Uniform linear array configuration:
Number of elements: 16
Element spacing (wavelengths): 0.75
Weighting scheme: hamming
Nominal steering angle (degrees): -15
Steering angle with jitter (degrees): -13.304
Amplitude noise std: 0.05
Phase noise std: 0.05

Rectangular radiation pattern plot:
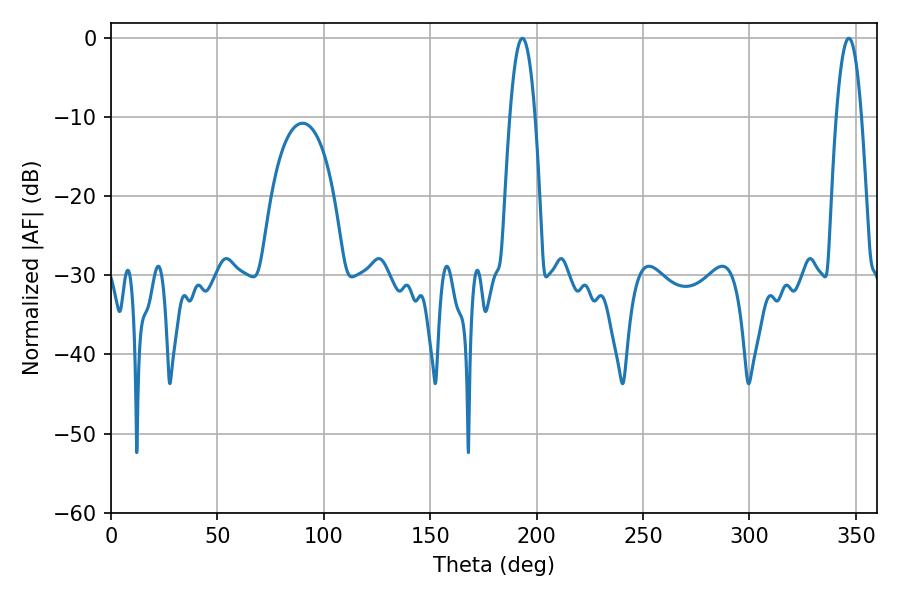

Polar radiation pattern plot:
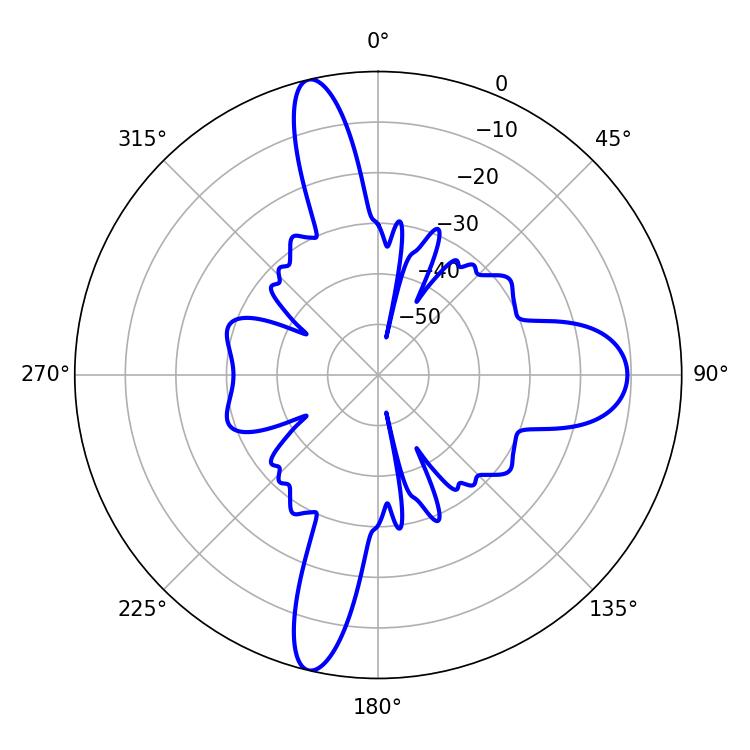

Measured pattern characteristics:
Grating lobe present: TRUE
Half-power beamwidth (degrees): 6.48
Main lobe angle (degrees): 193.32